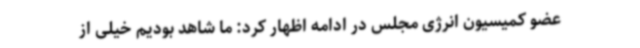
عضو کمیسیون انرژی مجلس در ادامه اظهار کرد: ما شاهد بودیم خیلی از